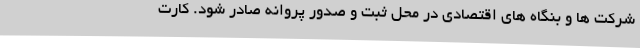
شرکت ها و بنگاه های اقتصادی در محل ثبت و صدور پروانه صادر شود. کارت